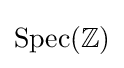
{\textrm {Spec}}(\mathbb {Z} )